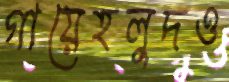
গায়েহলুদও